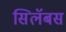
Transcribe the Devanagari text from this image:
सिलॅबस